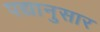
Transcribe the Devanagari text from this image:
पद्यानुसार